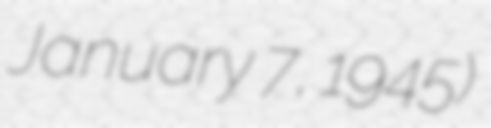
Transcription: January 7, 1945)